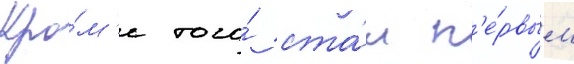
Кро́м'е того́ ста́л п'е́рвым